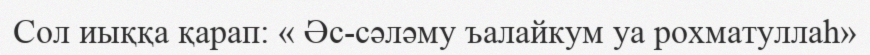
Сол иыққа қарап: « Әс-сәләму ъалайкум уа рохматуллаһ»